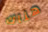
هناك